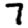
Digit: 7